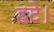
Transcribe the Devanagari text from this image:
हटे।